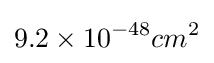
9.2\times 10^{-48}cm^{2}